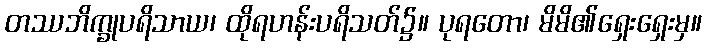
တဿဘိက္ခုပရိသာယ၊ ထိုရဟန်းပရိသတ်၌။ ပုရတော၊ မိမိ၏ရှေးရှေးမှ။